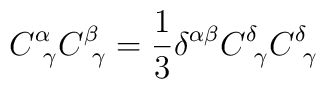
C^{\alpha }_{\ \gamma }  C^{\beta }_{\ \gamma }=\frac 1 3 \delta ^{\alpha \beta } C^{\delta }_{\ \gamma }  C^{\delta}_{\ \gamma }